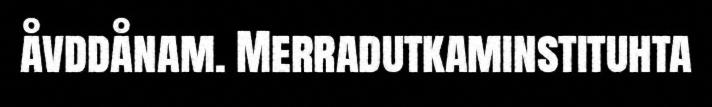
åvddånam. Merradutkaminstituhta